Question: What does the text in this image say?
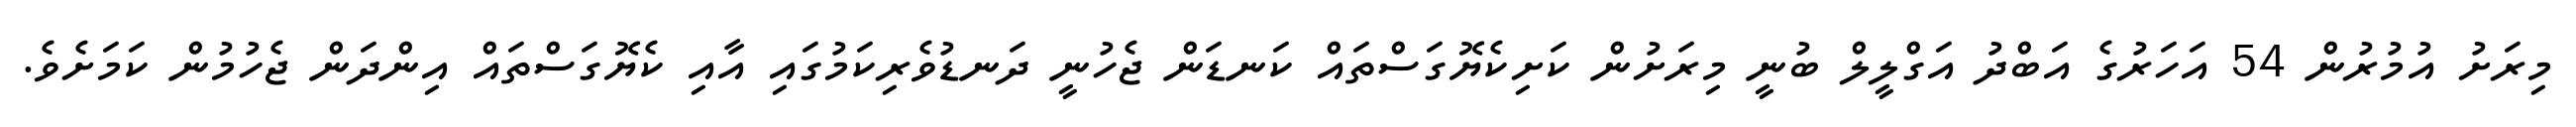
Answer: މިރަށު އުމުރުން 54 އަހަރުގެ އަބްދު އަގްލީލް ބުނީ މިރަށުން ކަށިކެޔޮގަސްތައް ކަނޑަން ޖެހުނީ ދަނޑުވެރިކަމުގައި އާއި ކެޔޮގަސްތައް އިންދަން ޖެހުމުން ކަމަށެވެ.